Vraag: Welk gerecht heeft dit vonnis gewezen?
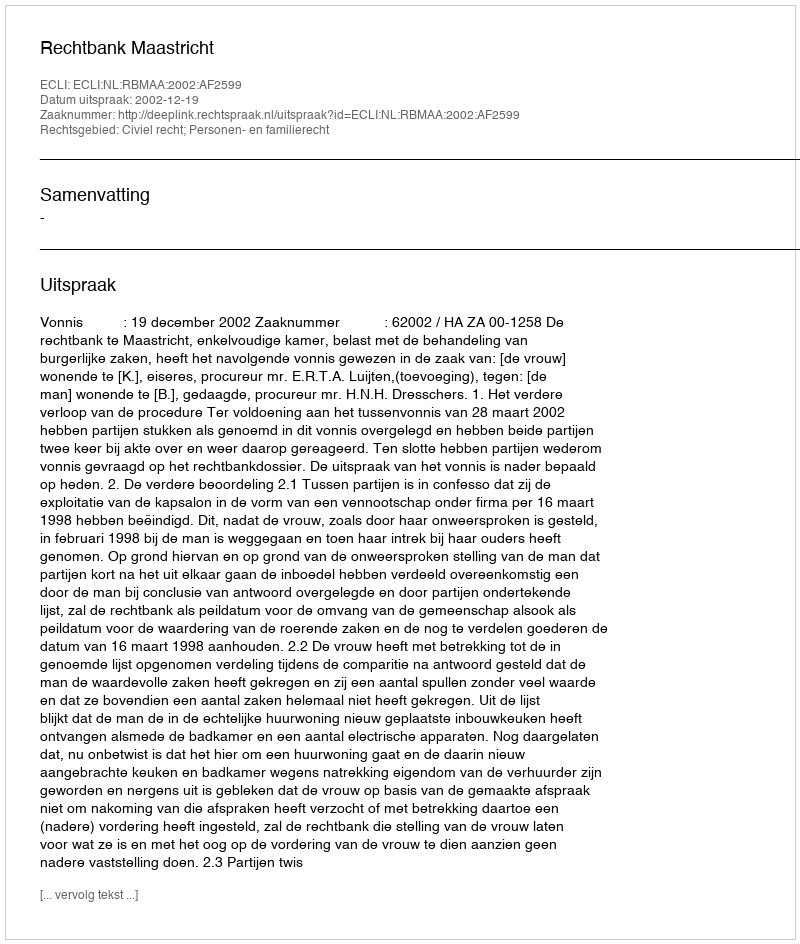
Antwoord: Rechtbank Maastricht